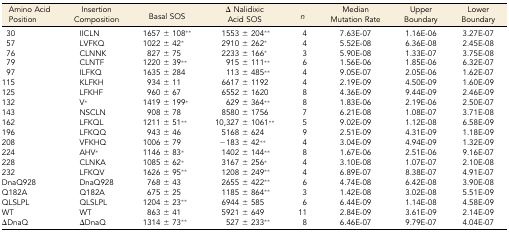
<table><thead><tr><td><b>Amino Acid Position</b></td><td><b>Insertion Composition</b></td><td><b>Basal SOS</b></td><td><b>Δ Nalidixic Acid SOS</b></td><td><b><i>n</i></b></td><td><b>Median Mutation Rate</b></td><td><b>Upper Boundary</b></td><td><b>Lower Boundary</b></td></tr></thead><tbody><tr><td>30</td><td>IICLN</td><td>1657 ± 108**</td><td>1553 ± 204**</td><td>4</td><td>7.63E-07</td><td>1.16E-06</td><td>3.27E-07</td></tr><tr><td>57</td><td>LVFKQ</td><td>1022 ± 42*</td><td>2910 ± 262*</td><td>4</td><td>5.52E-08</td><td>6.36E-08</td><td>2.45E-08</td></tr><tr><td>76</td><td>CLNNK</td><td>827 ± 75</td><td>2233 ± 166*</td><td>3</td><td>5.90E-08</td><td>1.33E-07</td><td>3.75E-08</td></tr><tr><td>79</td><td>CLNTF</td><td>1220 ± 39**</td><td>915 ± 111**</td><td>6</td><td>1.56E-06</td><td>1.85E-06</td><td>6.32E-07</td></tr><tr><td>97</td><td>ILFKQ</td><td>1635 ± 284</td><td>113 ± 485**</td><td>4</td><td>9.05E-07</td><td>2.05E-06</td><td>1.62E-07</td></tr><tr><td>115</td><td>KLFKH</td><td>934 ± 11</td><td>6617 ± 1192</td><td>4</td><td>2.19E-09</td><td>4.50E-09</td><td>1.60E-09</td></tr><tr><td>125</td><td>LFKHF</td><td>960 ± 67</td><td>6552 ± 1620</td><td>8</td><td>4.36E-09</td><td>9.44E-09</td><td>2.46E-09</td></tr><tr><td>132</td><td>V*</td><td>1419 ± 199*</td><td>629 ± 364**</td><td>8</td><td>1.83E-06</td><td>2.19E-06</td><td>2.50E-07</td></tr><tr><td>143</td><td>NSCLN</td><td>908 ± 78</td><td>8580 ± 1756</td><td>7</td><td>6.21E-08</td><td>1.08E-07</td><td>3.71E-08</td></tr><tr><td>162</td><td>LFKQL</td><td>1211 ± 51**</td><td>10,327 ± 1061**</td><td>5</td><td>9.02E-09</td><td>1.12E-08</td><td>6.58E-09</td></tr><tr><td>196</td><td>LFKQQ</td><td>943 ± 46</td><td>5168 ± 624</td><td>9</td><td>2.51E-09</td><td>4.31E-09</td><td>1.18E-09</td></tr><tr><td>208</td><td>VFKHQ</td><td>1006 ± 79</td><td>−183 ± 42**</td><td>4</td><td>3.04E-09</td><td>4.94E-09</td><td>1.32E-09</td></tr><tr><td>224</td><td>AHV*</td><td>1146 ± 83*</td><td>1402 ± 144**</td><td>8</td><td>1.67E-06</td><td>2.51E-06</td><td>9.16E-07</td></tr><tr><td>228</td><td>CLNKA</td><td>1085 ± 62*</td><td>3167 ± 256*</td><td>4</td><td>3.10E-08</td><td>1.07E-07</td><td>2.10E-08</td></tr><tr><td>232</td><td>LFKQV</td><td>1626 ± 95**</td><td>1208 ± 249**</td><td>4</td><td>6.89E-07</td><td>8.38E-07</td><td>4.91E-07</td></tr><tr><td>DnaQ928</td><td>DnaQ928</td><td>768 ± 43</td><td>2655 ± 422**</td><td>6</td><td>4.74E-08</td><td>6.42E-08</td><td>3.90E-08</td></tr><tr><td>Q182A</td><td>Q182A</td><td>675 ± 25</td><td>1185 ± 864**</td><td>3</td><td>1.42E-08</td><td>3.02E-08</td><td>5.51E-09</td></tr><tr><td>QLSLPL</td><td>QLSLPL</td><td>1204 ± 23**</td><td>6944 ± 585</td><td>6</td><td>6.44E-09</td><td>1.14E-08</td><td>4.58E-09</td></tr><tr><td>WT</td><td>WT</td><td>863 ± 41</td><td>5921 ± 649</td><td>11</td><td>2.84E-09</td><td>3.61E-09</td><td>2.14E-09</td></tr><tr><td>ΔDnaQ</td><td>ΔDnaQ</td><td>1314 ± 73**</td><td>527 ± 233**</td><td>8</td><td>6.46E-07</td><td>9.79E-07</td><td>4.04E-07</td></tr></tbody></table>